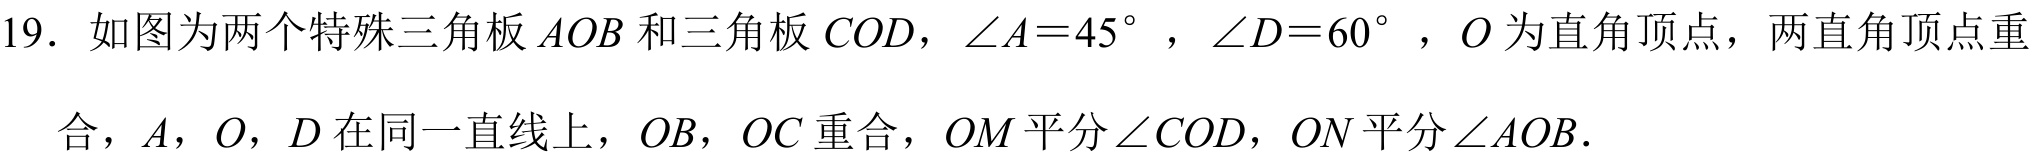
19. 如图为两个特殊三角板\(AOB\)和三角板\(COD\)，\(\angle A = 45^{\circ}\)，\(\angle D = 60^{\circ}\)，\(O\)为直角顶点，两直角顶点重
合，\(A\)，\(O\)，\(D\)在同一直线上，\(OB\)，\(OC\)重合，\(OM\)平分\(\angle COD\)，\(ON\)平分\(\angle AOB\)．